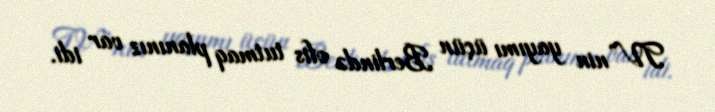
TV”nin yayımı üçün Berlində ofis tutmaq planınız var idi.